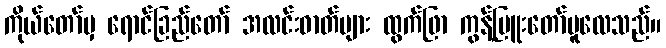
ကိုယ်တော်မှ ရောင်ခြည်တော် အလင်းဓာတ်များ ထွက်ဖြာ ကွန့်မြူးတော်မူလေသည်။